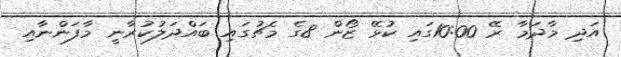
އަދި މާދަމާ ރޭ 10:00ގައި ކުޅޭ ޒޯން 8ގެ މެޗުގައި ބައްދަލުކުރާނީ މާފަންނާއި